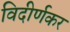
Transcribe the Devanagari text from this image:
विदीर्णकर